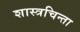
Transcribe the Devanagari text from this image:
शास्त्रचिन्ता